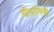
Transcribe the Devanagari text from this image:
गीतांगिनी